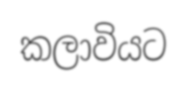
කලාවියට